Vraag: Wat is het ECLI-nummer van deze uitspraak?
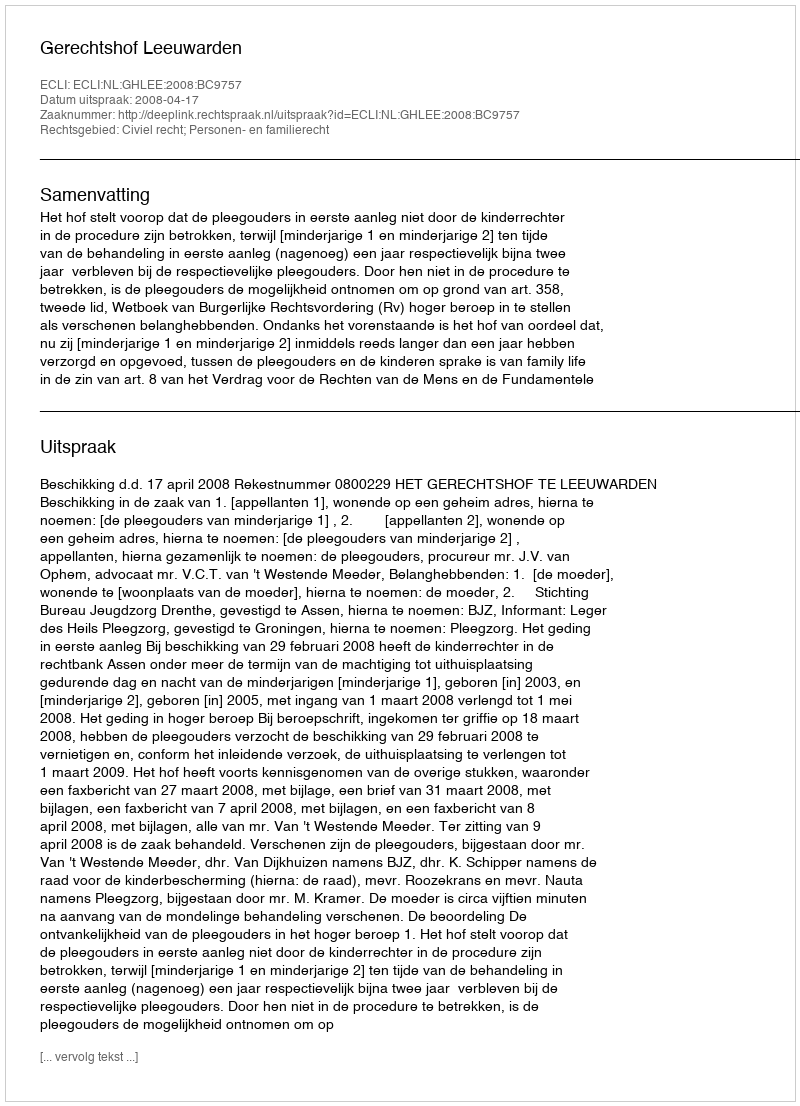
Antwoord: ECLI:NL:GHLEE:2008:BC9757